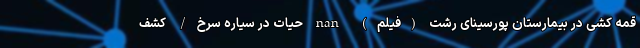
قمه کشی در بیمارستان پورسینای رشت (فیلم) nan حیات در سیاره سرخ/ کشف